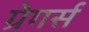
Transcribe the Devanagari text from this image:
ग्रेगर्स